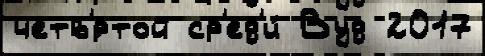
четв'́ртой ср'ед'и́ Вуд 2017